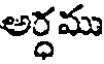
అర్ధము